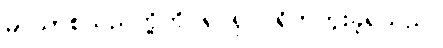
မာယာစသည်တို့ကို ရုပ်ရှင် ရိုက်ကူးခဲ့ရသည်။